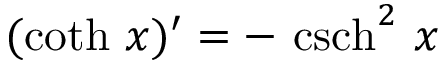
( \coth \, x ) ^ { \prime } = - \, \operatorname { c s c h } ^ { 2 } \, x